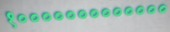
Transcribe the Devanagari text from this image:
१०००००००००००००